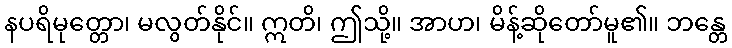
နပရိမုတ္တော၊ မလွတ်နိုင်။ ဣတိ၊ ဤသို့။ အာဟ၊ မိန့်ဆိုတော်မူ၏။ ဘန္တေ